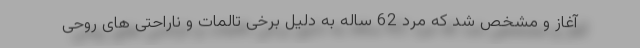
آغاز و مشخص شد که مرد 62 ساله به دلیل برخی تالمات و ناراحتی های روحی